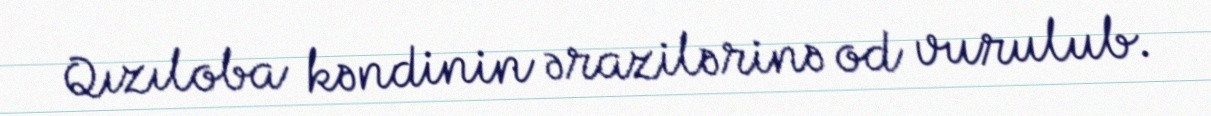
Qızıloba kəndinin ərazilərinə od vurulub.